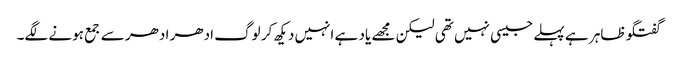
گفتگو ظاہر ہے پہلے جیسی نہیں تھی لیکن مجھے یاد ہے انہیں دیکھ کر لوگ ادھر ادھر سے جمع ہونے لگے۔